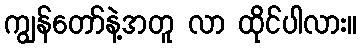
ကျွန်တော်နဲ့အတူ လာ ထိုင်ပါလား။